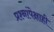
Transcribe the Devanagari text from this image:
प्रश्नांपेक्षाही